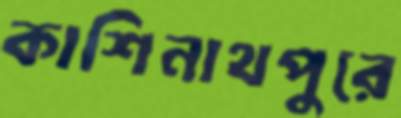
কাশিনাথপুরে